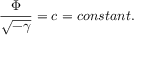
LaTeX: \frac { \Phi } { \sqrt { - \gamma } } = c = c o n s t a n t .